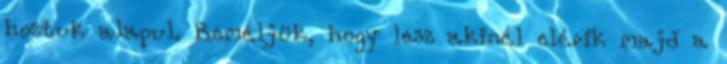
hoztuk alapul. Reméljük, hogy lesz akinél elérik majd a